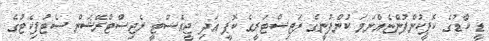
ޑީ ކާޑުގެ ކޮޕީކުންފުންޏެއްނަމަ ކުންފުނީގެ ރަޖިސްޓަރީގެ ކޮޕީ އަދި ޖީއެސްޓީ ރެޖިސްޓްރޭޝަން ސެޓުފިކެޓުގެ